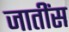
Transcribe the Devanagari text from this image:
जातींस